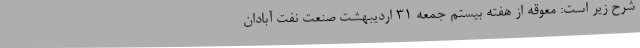
شرح زیر است: معوقه از هفته بیستم جمعه 31 اردیبهشت صنعت نفت آبادان-